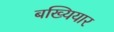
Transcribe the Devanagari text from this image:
बख्यियार